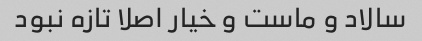
سالاد و ماست و خیار اصلا تازه نبود